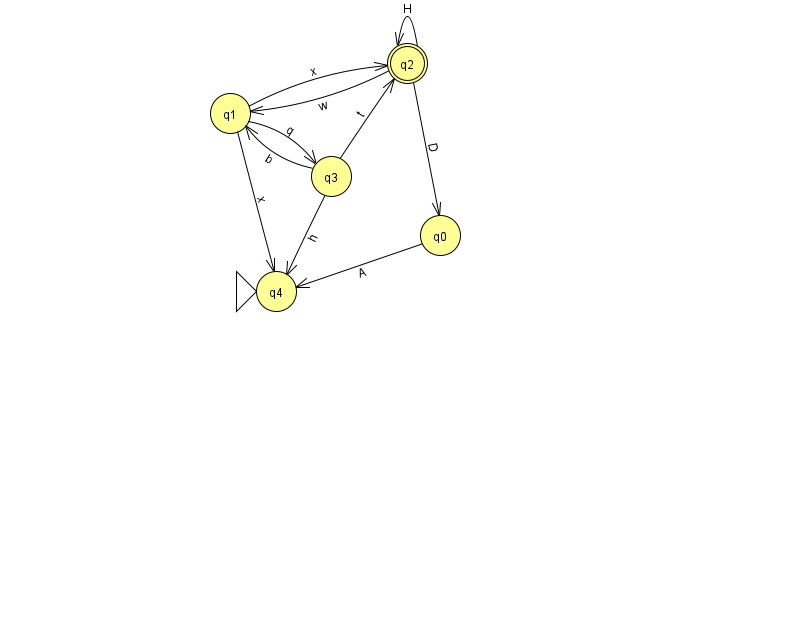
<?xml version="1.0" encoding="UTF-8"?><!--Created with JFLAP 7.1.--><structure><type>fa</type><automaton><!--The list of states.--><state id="0" name="q0"><x>440.0</x><y>222.0</y></state><state id="1" name="q1"><x>230.0</x><y>100.0</y></state><state id="2" name="q2"><x>407.0</x><y>50.0</y><final/></state><state id="3" name="q3"><x>331.0</x><y>163.0</y></state><state id="4" name="q4"><x>276.0</x><y>278.0</y><initial/></state><!--The list of transitions.--><transition><from>0</from><to>4</to><read>A</read></transition><transition><from>1</from><to>2</to><read>x</read></transition><transition><from>1</from><to>3</to><read>q</read></transition><transition><from>3</from><to>1</to><read>b</read></transition><transition><from>2</from><to>2</to><read>H</read></transition><transition><from>2</from><to>0</to><read>D</read></transition><transition><from>1</from><to>4</to><read>x</read></transition><transition><from>2</from><to>1</to><read>w</read></transition><transition><from>3</from><to>2</to><read>t</read></transition><transition><from>3</from><to>4</to><read>h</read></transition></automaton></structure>